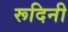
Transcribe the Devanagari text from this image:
रूदिनी